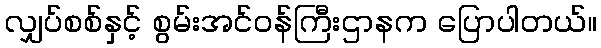
လျှပ်စစ်နှင့် စွမ်းအင်ဝန်ကြီးဌာနက ပြောပါတယ်။